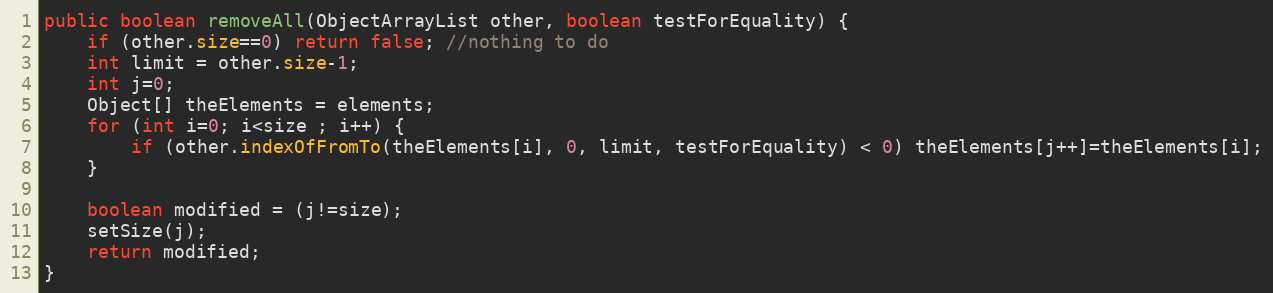
Language: Java
public boolean removeAll(ObjectArrayList other, boolean testForEquality) {
	if (other.size==0) return false; //nothing to do
	int limit = other.size-1;
	int j=0;
	Object[] theElements = elements;
	for (int i=0; i<size ; i++) {
		if (other.indexOfFromTo(theElements[i], 0, limit, testForEquality) < 0) theElements[j++]=theElements[i];
	}

	boolean modified = (j!=size);
	setSize(j);
	return modified;
}